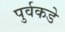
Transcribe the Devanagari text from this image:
पुर्वकडे